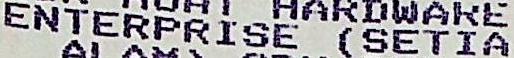
ENTERPRISE (SETIA